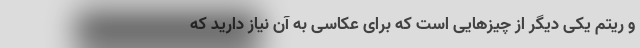
و ریتم یکی دیگر از چیز‌هایی است که برای عکاسی به آن نیاز دارید که